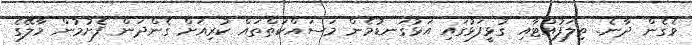
ވެގެން ދާނެ. ތިލަފުއްޓާއި ގުޅީފަޅުގައި އަޅުގަނޑުމެން މަސައްކަތްތައް ކުރިއަށް ގެންދަން ފެށުމުން މާލޭގެ